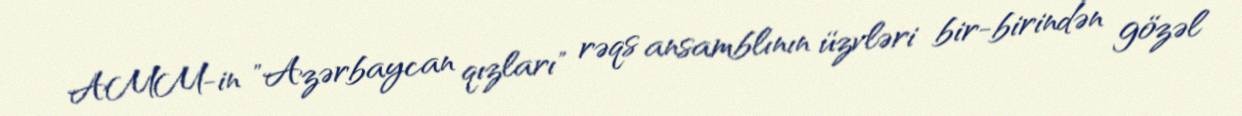
AMM-in "Azərbaycan qızları" rəqs ansamblının üzvləri bir-birindən gözəl